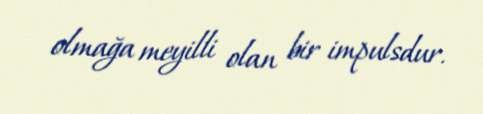
olmağa meyilli olan bir impulsdur.